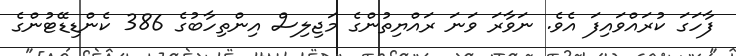
ފާހަގަ ކުރައްވައިފަ އެވެ. ނަވާރަ ވަނަ ރައްޔިތުންގެ މަޖިލިސް އިންތިހާބުގެ 386 ކެންޑިޑޭޓުންގެ